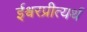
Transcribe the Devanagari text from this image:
ईश्वरप्रीत्यर्थ